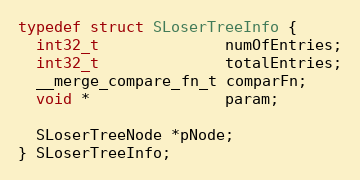
Language: C
typedef struct SLoserTreeInfo {
  int32_t              numOfEntries;
  int32_t              totalEntries;
  __merge_compare_fn_t comparFn;
  void *               param;

  SLoserTreeNode *pNode;
} SLoserTreeInfo;